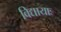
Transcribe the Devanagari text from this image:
विद्यायाः